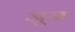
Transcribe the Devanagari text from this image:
जुज